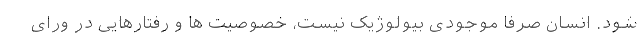
شود. انسان صرفا موجودی بیولوژیک نیست، خصوصیت ها و رفتارهایی در ورای